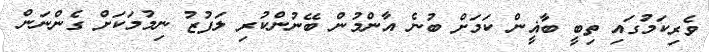
ވެރިކަމުގައި ތިބީ ބާޣީން ކަމަށް ބުނެ އާންމުން ބޭނުންކުރި ލަފުޒު ނިމުމަކަށް ގެންނަން